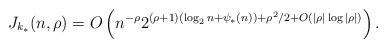
LaTeX: \begin{align*}J_{k_*}(n, \rho) = O\left( n^{-\rho} 2^{(\rho+1)(\log_2 n + \psi_*(n))+\rho^2/2 + O(|\rho|\log |\rho|)} \right).\end{align*}